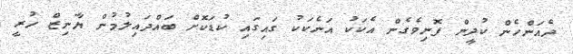
ދެއަންހެން ކުދީން ފޮނިވެގެން އެކަކު އަނެކަކު ގައިގައި ކުޑަކޮށް ބައްދައިލުމުން ޔާނިޒް ހުރީ